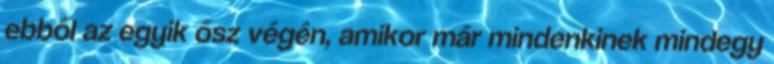
ebből az egyik ősz végén, amikor már mindenkinek mindegy